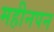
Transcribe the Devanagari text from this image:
महीनपन